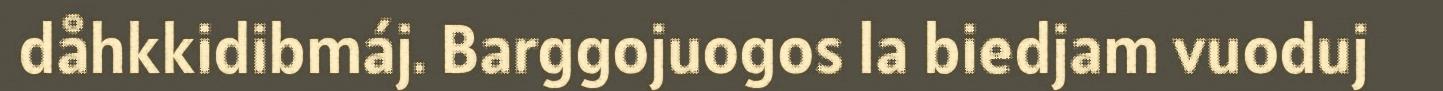
dåhkkidibmáj. Barggojuogos la biedjam vuoduj